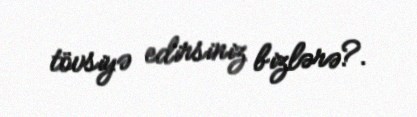
tövsiyə edirsiniz bizlərə?.